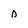
Character: D